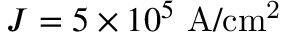
J = 5 \times 1 0 ^ { 5 } ~ \mathrm { A / c m ^ { 2 } }